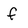
Character: f